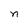
Character: n